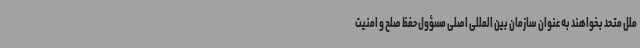
ملل متحد بخواهند به عنوان سازمان بین المللی اصلی مسؤول حفظ صلح و امنیت